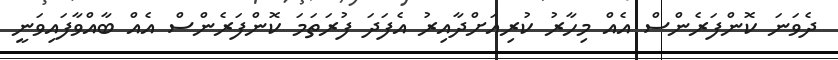
ދެވަނަ ކޮންފަރެންސް އެއް މިހާރު ކުރިއަށްދާއިރު އެފަދަ ފުރަތަމަ ކޮންފަރެންސް އެއް ބާއްވާފައިވަނީ